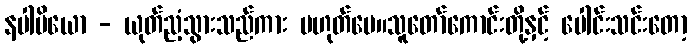
နပါပိယော - ယုတ်ညံ့သွားသည်ကား မဟုတ်ပေ။သူတော်ကောင်းတို့နှင့် ပေါင်းသင်းတော့